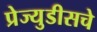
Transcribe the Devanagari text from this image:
प्रेज्युडीसचे